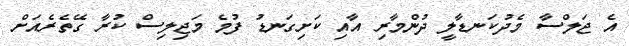
އެ ޖަލްސާ މެދުކަނޑާލީ ދުންމާރި އާއި ކަށިގަނޑު ފުމެ މަޖިލިސް ކުރާ ގޭތެރެއަށް